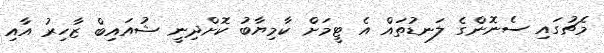
މެޗުގައި ސެނޮންގެ ލަނޑުތައް އެ ޓީމަށް ކާމިޔާބު ކޮށްދިނީ ޝުއައިބް ޒާހިރު އާއި